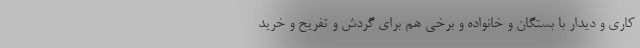
کاری و دیدار با بستگان و خانواده و برخی هم برای گردش و تفریح و خرید